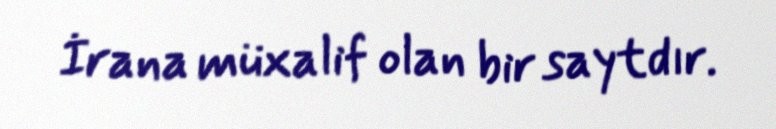
İrana müxalif olan bir saytdır.